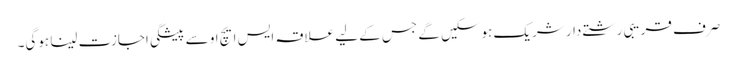
صرف قریبی رشتے دار شریک ہوسکیں گے جس کے لیے علاقہ ایس ایچ او سے پیشگی اجازت لینا ہوگی۔